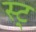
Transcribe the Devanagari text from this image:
स्ट्